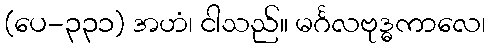
(ပေ-၃၃၁) အဟံ၊ ငါသည်။ မင်္ဂလဗုဒ္ဓကာလေ၊